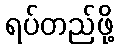
ရပ်တည်ဖို့